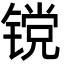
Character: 镋